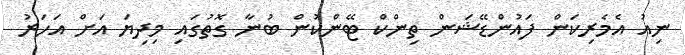
ނިއު އެމެރިކަން ފައުންޑޭޝަން ތިންކް ޓޭންކުން ބުނާ ގޮތުގައި މިދިޔަ އަށް އަހަރު